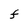
Character: F